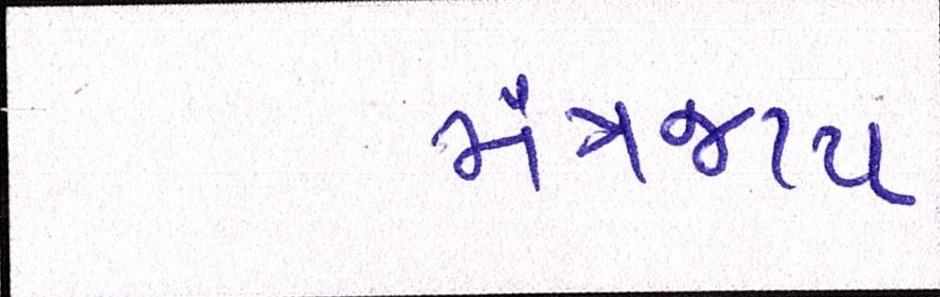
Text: મંત્રજાપ